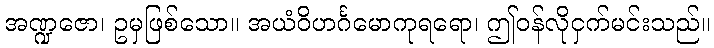
အဏ္ဍဇော၊ ဥမှဖြစ်သော။ အယံဝိဟင်္ဂမောကုရရော၊ ဤဝန်လိုငှက်မင်းသည်။